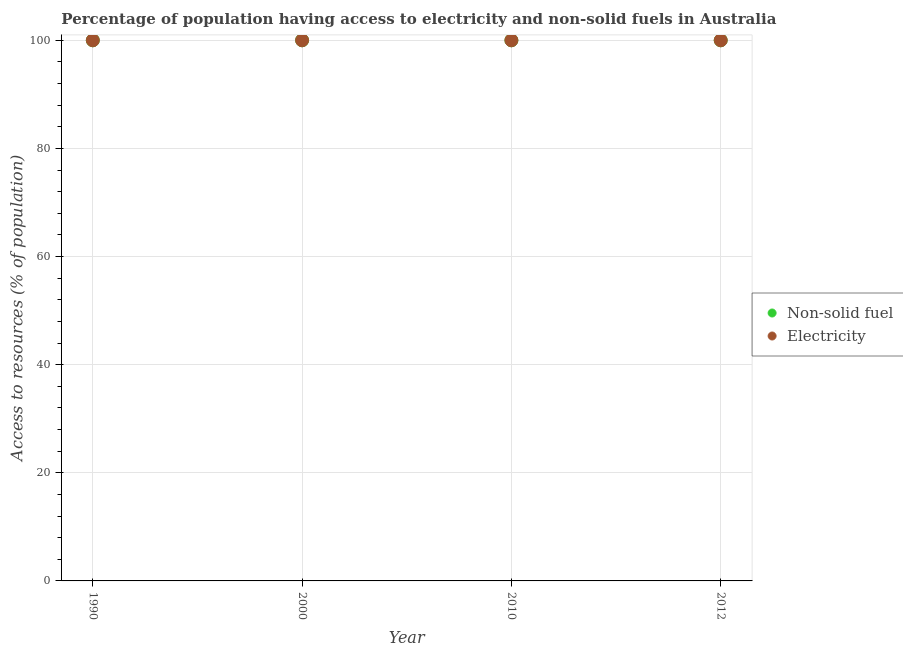
| Year | Non-solid fuel | Electricity |
 | --- | --- | --- |
 | 1990 | 100 | 100 |
 | 2000 | 100 | 100 |
 | 2010 | 100 | 100 |
 | 2012 | 100 | 100 |